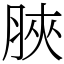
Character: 脥